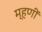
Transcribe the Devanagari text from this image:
म्हणीं